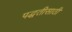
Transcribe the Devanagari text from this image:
पद्धतीसाठी